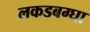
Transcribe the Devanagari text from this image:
लकडबग्घा